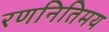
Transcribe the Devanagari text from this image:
रणनितिमय